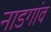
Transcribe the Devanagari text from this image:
नाडगांव